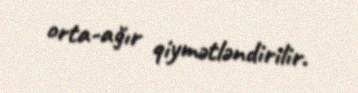
orta-ağır qiymətləndirilir.